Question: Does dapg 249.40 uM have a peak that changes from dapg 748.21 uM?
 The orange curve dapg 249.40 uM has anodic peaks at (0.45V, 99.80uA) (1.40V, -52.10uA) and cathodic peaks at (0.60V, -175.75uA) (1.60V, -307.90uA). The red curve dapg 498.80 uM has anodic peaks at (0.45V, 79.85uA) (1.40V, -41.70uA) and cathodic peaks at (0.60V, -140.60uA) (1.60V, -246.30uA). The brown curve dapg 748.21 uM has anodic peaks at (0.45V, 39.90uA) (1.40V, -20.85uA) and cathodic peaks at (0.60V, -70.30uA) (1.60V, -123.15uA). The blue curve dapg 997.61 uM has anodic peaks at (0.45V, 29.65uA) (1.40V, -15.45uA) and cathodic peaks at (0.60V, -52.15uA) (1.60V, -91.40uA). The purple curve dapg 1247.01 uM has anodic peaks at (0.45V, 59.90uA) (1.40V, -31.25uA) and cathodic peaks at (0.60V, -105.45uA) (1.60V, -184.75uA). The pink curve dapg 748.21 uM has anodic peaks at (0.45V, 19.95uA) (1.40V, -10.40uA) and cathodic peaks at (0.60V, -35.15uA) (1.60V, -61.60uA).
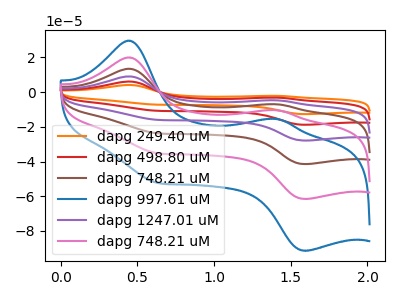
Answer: <think>All the peaks in "dapg 249.40 uM" have a peak in "dapg 748.21 uM" at the same potential.
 </think>
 <answer>No, "dapg 249.40 uM" and "dapg 748.21 uM" don't appear to be significantly different in shape</answer>
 <eval>no_change</eval>